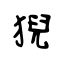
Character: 猊